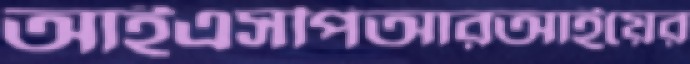
আইএসপিআরআইয়ের